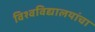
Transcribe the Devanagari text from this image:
विश्वविद्यालयांचा